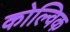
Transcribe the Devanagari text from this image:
कोल्विक